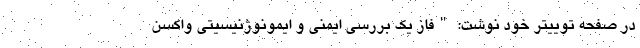
در صفحه توییتر خود نوشت: "فاز یک بررسی ایمنی و ایمونوژنیسیتی واکسن